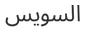
السويس